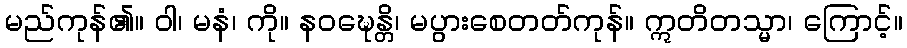
မည်ကုန်၏။ ဝါ၊ မနံ၊ ကို။ နဝဍ္ဎေန္တိ၊ မပွားစေတတ်ကုန်။ ဣတိတသ္မာ၊ ကြောင့်။